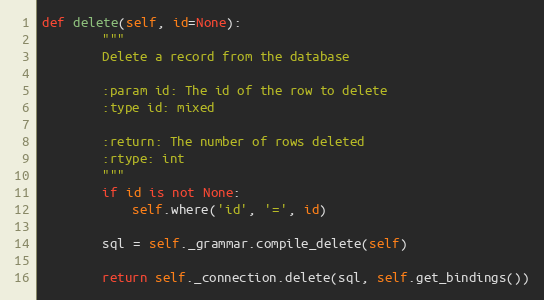
Language: Python
def delete(self, id=None):
        """
        Delete a record from the database

        :param id: The id of the row to delete
        :type id: mixed

        :return: The number of rows deleted
        :rtype: int
        """
        if id is not None:
            self.where('id', '=', id)

        sql = self._grammar.compile_delete(self)

        return self._connection.delete(sql, self.get_bindings())